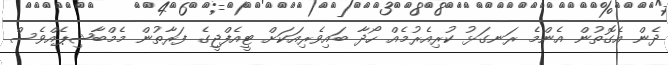
ދެން އެގޮތުން އެންމެ ރަނގަޅު ކުރިއެރުމެއް ހޯދާ ބައިވެރިއަކަށް ޓީއެފްޖީގެ ފަރާތުން މެމްބާޝިޕެއްވެސް